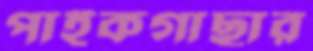
পাইকগাছার